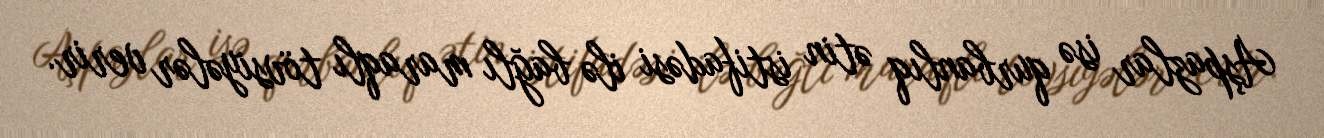
Aşpazlar isə qurbanlıq ətin istifadəsi ilə bağlı maraqlı tövsiyələr verir.